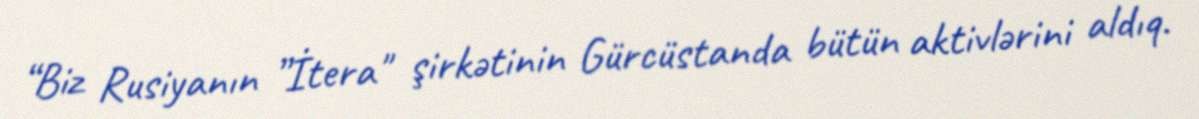
“Biz Rusiyanın ”İtera" şirkətinin Gürcüstanda bütün aktivlərini aldıq.